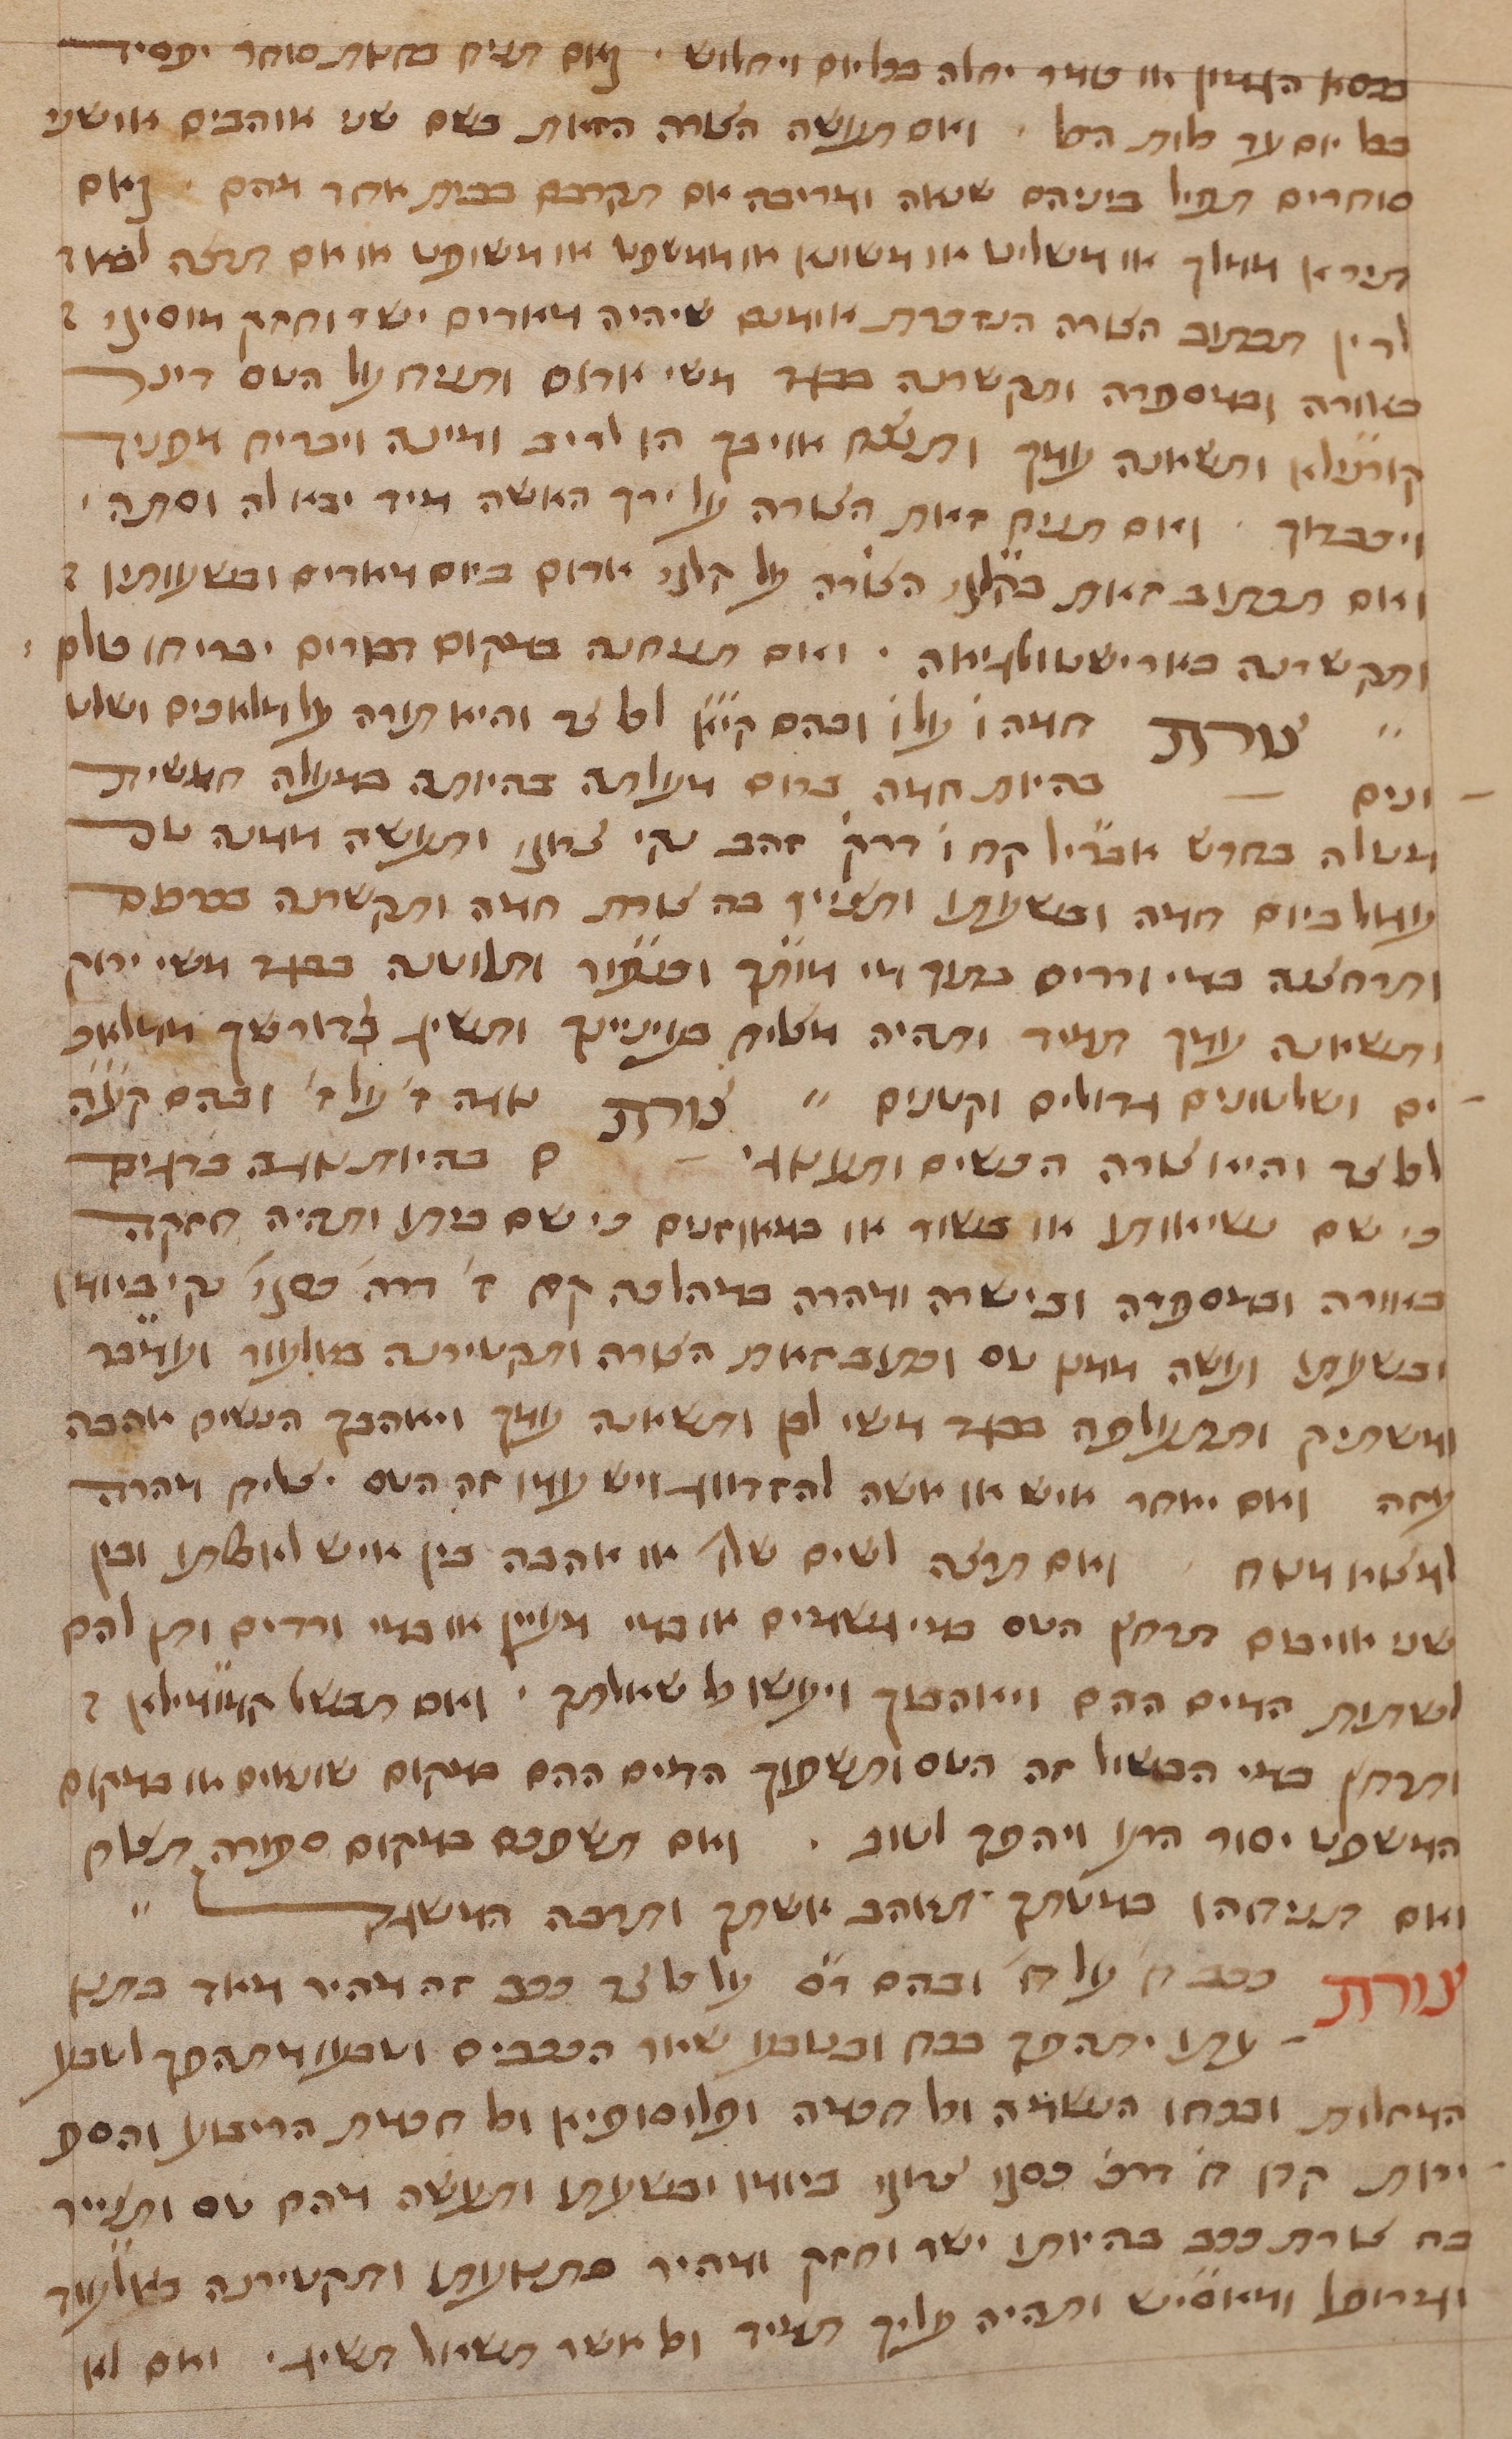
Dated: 1400–1499